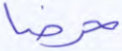
حرضا